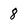
Character: 8